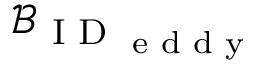
\mathcal { B } _ { \textrm { I D } _ { \textrm { e d d y } } }